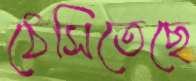
ঠেসিতেছে